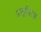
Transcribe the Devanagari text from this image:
प्रसूतितज्ञ